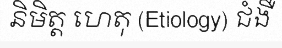
និមិត្ត ហេតុ (Etiology) ជំងឺ